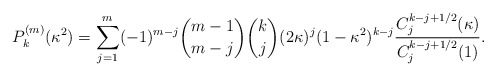
\begin{align*}P_k^{(m)}(\kappa^2) = \sum_{j=1}^{m} (-1)^{m-j}\binom{m-1}{m-j} \binom{k}{j}(2\kappa)^j(1-\kappa^2)^{k-j}\frac{C_j^{k-j+1/2}(\kappa)}{C_j^{k-j+1/2}(1)}.\end{align*}